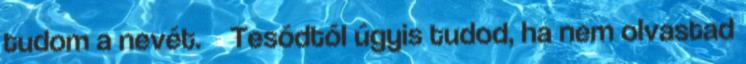
tudom a nevét. Tesódtól úgyis tudod, ha nem olvastad